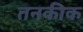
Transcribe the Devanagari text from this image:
तनकीक